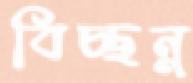
বিচ্ছন্ন